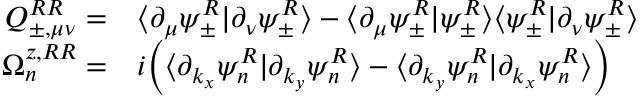
\begin{array} { r l } { Q _ { \pm , \mu \nu } ^ { R R } = } & { { } \langle \partial _ { \mu } \psi _ { \pm } ^ { R } | \partial _ { \nu } \psi _ { \pm } ^ { R } \rangle - \langle \partial _ { \mu } \psi _ { \pm } ^ { R } | \psi _ { \pm } ^ { R } \rangle \langle \psi _ { \pm } ^ { R } | \partial _ { \nu } \psi _ { \pm } ^ { R } \rangle } \\ { \Omega _ { n } ^ { z , R R } = } & { { } i \Big ( \langle \partial _ { k _ { x } } \psi _ { n } ^ { R } | \partial _ { k _ { y } } \psi _ { n } ^ { R } \rangle - \langle \partial _ { k _ { y } } \psi _ { n } ^ { R } | \partial _ { k _ { x } } \psi _ { n } ^ { R } \rangle \Big ) } \end{array}